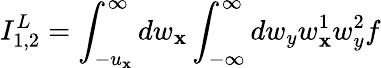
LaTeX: I_{1,2}^{L}=\int_{-u_{\mathbf{x}}}^{\infty}dw_{\mathbf{x}}\int_{-\infty}^{\infty}dw_{y}w_{\mathbf{x}}^{1}w_{y}^{2}f